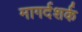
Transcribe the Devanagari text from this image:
मागर्दशर्क